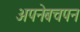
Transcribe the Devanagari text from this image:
अपनेबचपन